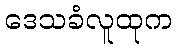
ဒေသခံလူထုက